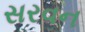
સરવન